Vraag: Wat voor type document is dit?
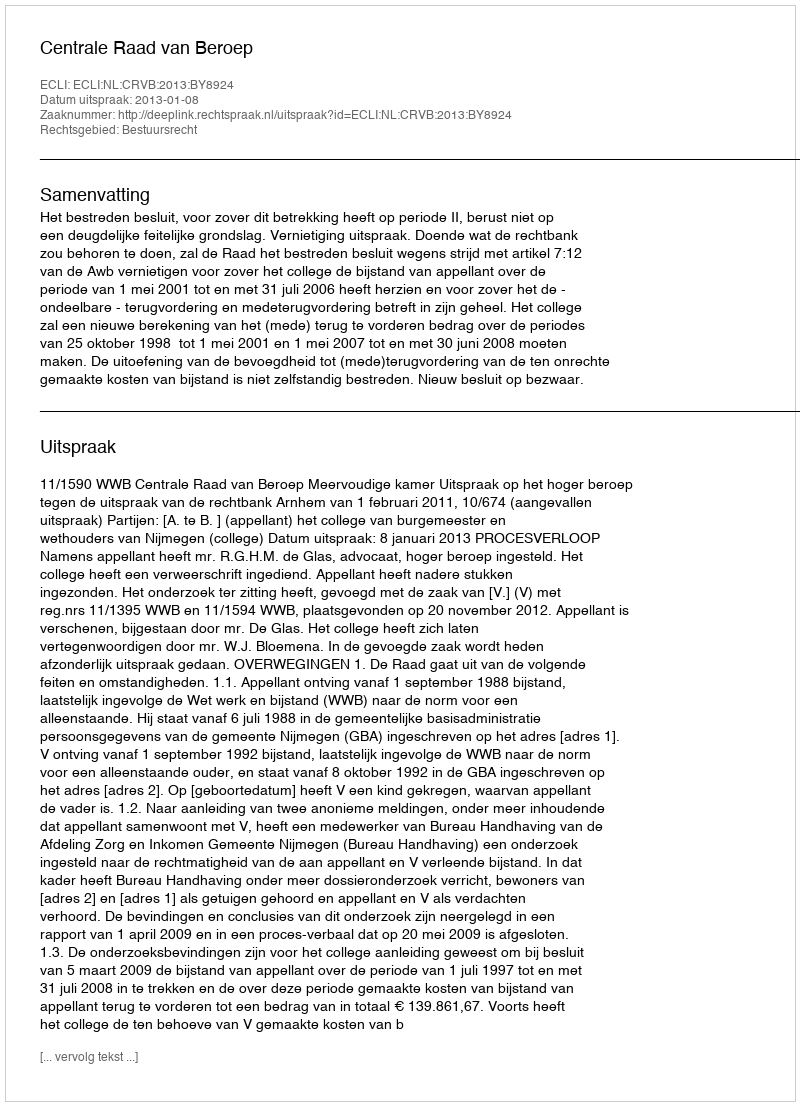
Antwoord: Uitspraak